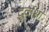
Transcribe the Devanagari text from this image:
दुर्वाशा